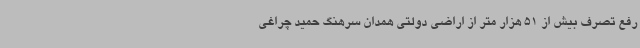
رفع تصرف بیش از 51 هزار متر از اراضی دولتی همدان سرهنگ حمید چراغی